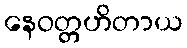
နေဝတ္တဟိတာယ